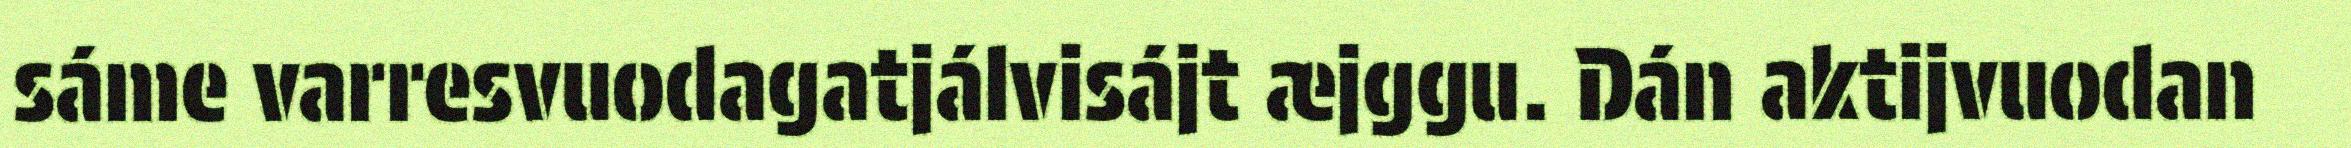
sáme varresvuodagatjálvisájt æjggu. Dán aktijvuodan